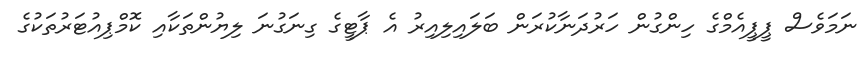
ނަމަވެސް ޕީޕީއެމްގެ ހިންގުން ހަރުދަނާކުރަން ބަލައިލިއިރު އެ ޕާޓީގެ ގިނަގުނަ ލިޔުންތަކާއި ކޮމްޕިއުޓަރުތަކުގެ